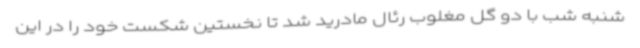
شنبه شب با دو گل مغلوب رئال مادرید شد تا نخستین شکست خود را در این